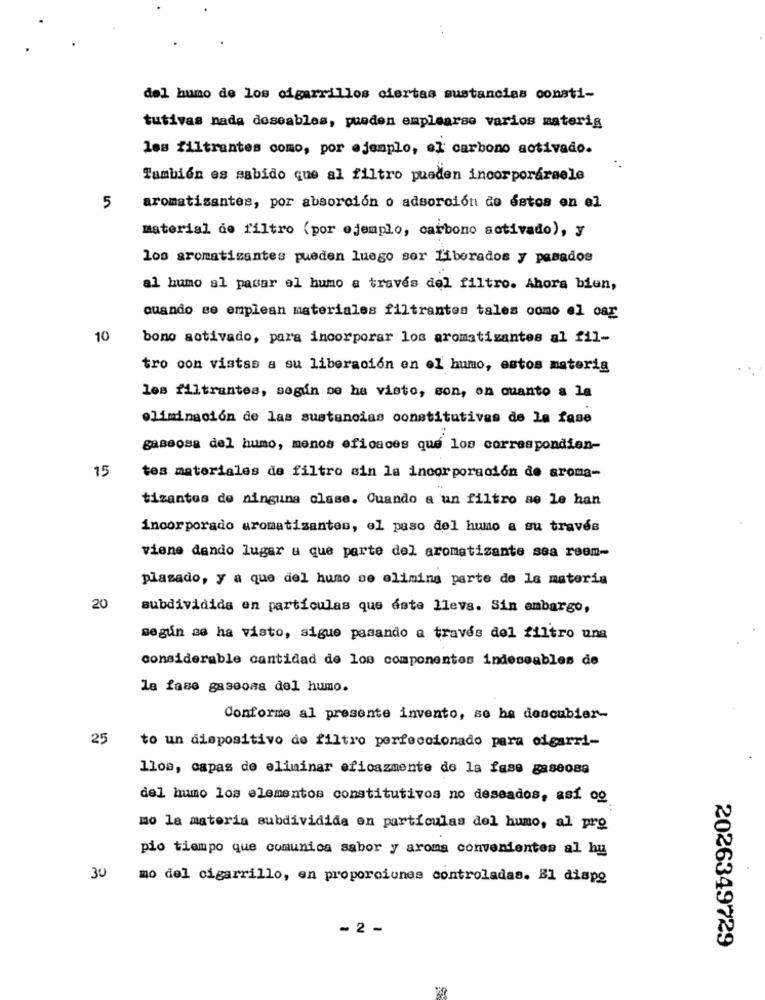
. .
del humo de los cigarrillos ciertas sustancias consti-
tutivas nada deseables, pueden emplearse varios materig
les filtrantes como, por ejemplo, el carbono activado.
También es sabido que al filtro pueden incorporarsele
5
aromatisantes, por absorción o adsorción de éstos en el
material de filtro (por ejemplo, carbono activado), y
los aromatisantes pueden luego sor Liberados y pasados
al humo al pasar el humo a través del filtro. Ahora bien,
cuando se emplean materiales filtrantes tales como el car
10
bono activado, para incorporar los aromatizantes al fil-
tro con vistas a su liberación en el humo, estos materia
les filtrantes, según se ha visto, son, on cuanto a la
eliminación de las sustancias constitutives de la fase
gaseosa del humo, menos eficaces que los correspondien-
15
tes materiales de filtro sin la incorporación de aroma-
tizantes de ninguna clase. Cuando a un filtro se le han
incorporado aromatizantes, el paso del humo a su través
viene dando lugar a que parte del aromatizante sea reem-
plazado, y a que del humo se elimina parte de la materia
20
subdividida en partículas que dste lleva. Sin embargo,
según se ha visto, sigue pasando a través del filtro una
considerable cantidad de los componentes indeseables de
la fase gaseosa del humo.
Conforme al presente invento, se ha descubier-
25
to un dispositivo de filtro perfeccionado para cigarri-
lloa, capas de eliminar eficazmente de la fase gaseosa
del humo los elementos constitutivos no deseados, así og
mo la materia subdividida en partículas del humo, al pre
pio tiempo que comunica sabor y aroma convenientes al hu
30
mo del cigarrillo, en proporciones controladas. Bl dispo
- 2 -
2026349729